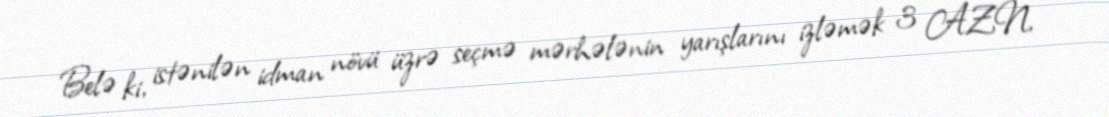
Belə ki, istənilən idman növü üzrə seçmə mərhələnin yarışlarını izləmək 3 AZN,